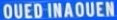
OUEDINAOUNEN